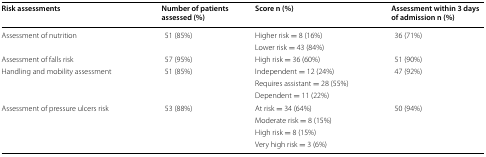
<table><thead><tr><td><b>Risk assessments</b></td><td><b>Number of patients assessed (%)</b></td><td><b>Score n (%)</b></td><td><b>Assessment within 3 days of admission n (%)</b></td></tr></thead><tbody><tr><td rowspan="2">Assessment of nutrition</td><td rowspan="2">51 (85%)</td><td>Higher risk = 8 (16%)</td><td rowspan="2">36 (71%)</td></tr><tr><td>Lower risk = 43 (84%)</td></tr><tr><td>Assessment of falls risk</td><td>57 (95%)</td><td>High risk = 36 (60%)</td><td>51 (90%)</td></tr><tr><td rowspan="3">Handling and mobility assessment</td><td rowspan="3">51 (85%)</td><td>Independent = 12 (24%)</td><td rowspan="3">47 (92%)</td></tr><tr><td>Requires assistant = 28 (55%)</td></tr><tr><td>Dependent = 11 (22%)</td></tr><tr><td rowspan="4">Assessment of pressure ulcers risk</td><td rowspan="4">53 (88%)</td><td>At risk = 34 (64%)</td><td rowspan="4">50 (94%)</td></tr><tr><td>Moderate risk = 8 (15%)</td></tr><tr><td>High risk = 8 (15%)</td></tr><tr><td>Very high risk = 3 (6%)</td></tr></tbody></table>